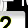
Digit: 2